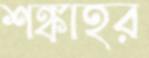
শঙ্কাহর